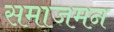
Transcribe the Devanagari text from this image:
समाजमन